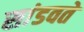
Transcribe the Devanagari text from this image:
सांडवते